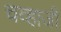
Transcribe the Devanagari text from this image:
चव्हाजी